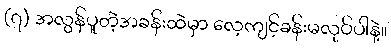
(၇) အလွန်ပူတဲ့အခန်းထဲမှာ လေ့ကျင့်ခန်းမလုပ်ပါနဲ့။